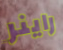
راينر